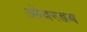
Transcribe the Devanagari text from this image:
ओवरडब